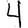
Digit: 4